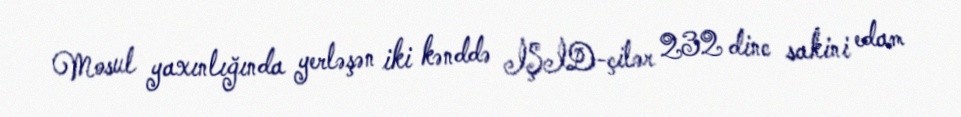
Mosul yaxınlığında yerləşən iki kənddə İŞİD-çilər 232 dinc sakini edam